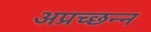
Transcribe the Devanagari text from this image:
अप्रच्छन्न